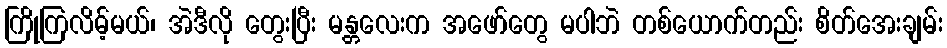
ကြိုကြလိမ့်မယ်၊ အဲဒီလို တွေးပြီး မန္တလေးက အဖော်တွေ မပါဘဲ တစ်ယောက်တည်း စိတ်အေးချမ်း